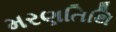
મરણતિથિ